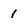
Character: I